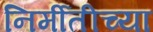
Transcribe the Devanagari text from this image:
निर्मीतीच्या